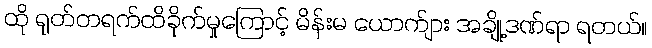
ထို ရုတ်တရက်ထိခိုက်မှုကြောင့် မိန်းမ ယောက်ျား အချို့ဒဏ်ရာ ရတယ်။